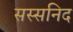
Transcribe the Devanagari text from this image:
सस्सनिद